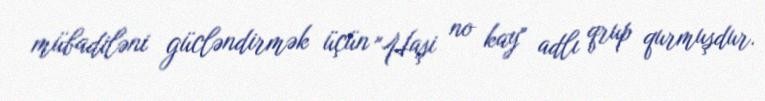
mübadiləni gücləndirmək üçün "Haşi no kay" adlı qrup qurmuşdur.